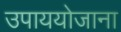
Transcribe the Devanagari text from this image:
उपाययोजाना